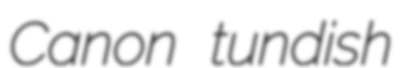
Canon tundish